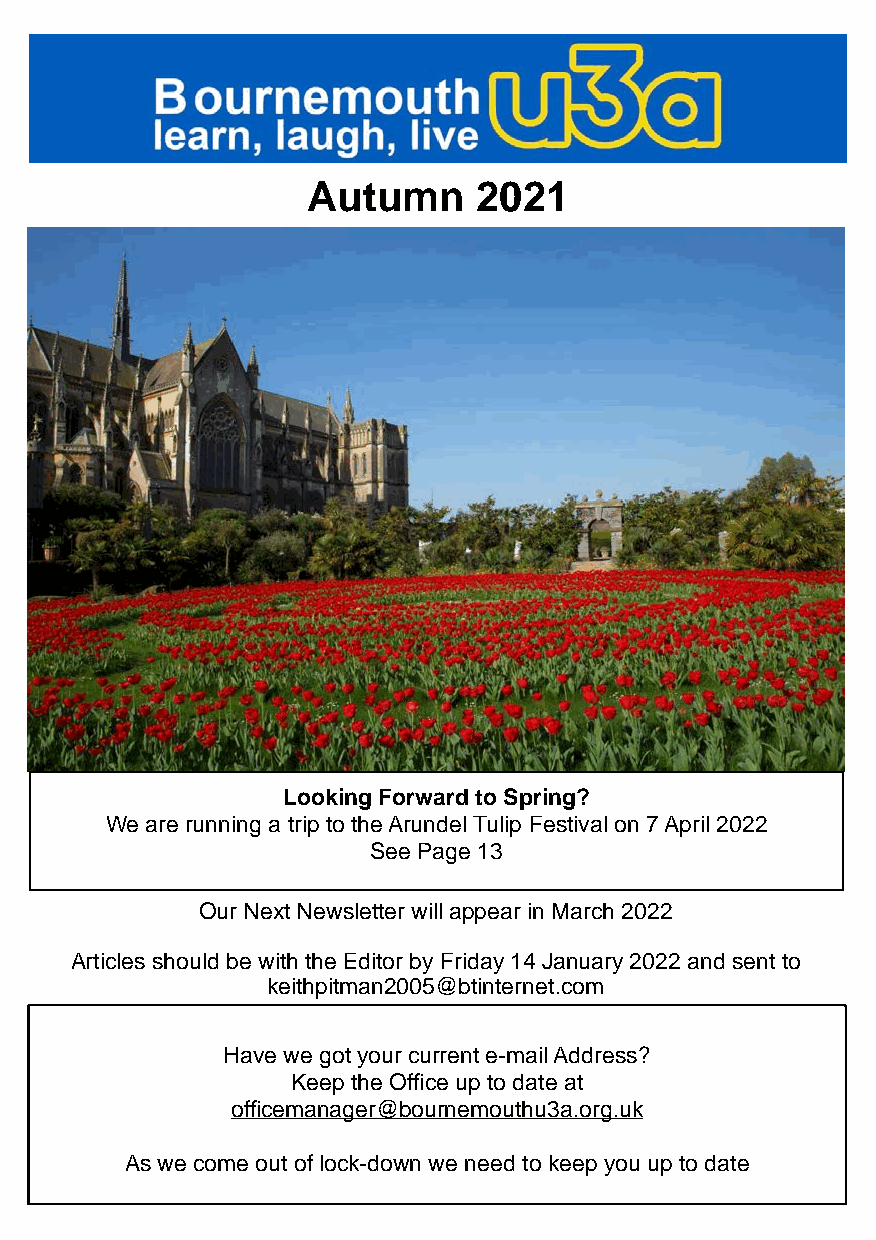
Autumn     2021
 Looking Forward to Spring?
 We are running a trip to the Arundel Tulip Festival on 7 April 2022
 See Page 13
 Our Next Newsletter will appear in March 2022
 Articles should be with the Editor by Friday 14 January 2022 and sent to
 keithpitman2005@btinternet.com
 Have we got your current e-mail Address?
 Keep the Office up to date at
 officemanager@bournemouthu3a.org.uk
 As we come out of lock-down we need to keep you up to date